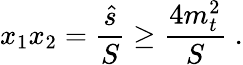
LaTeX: x_{1}x_{2}=\frac{\hat{s}}{S}\ge\frac{4m_{t}^{2}}{S}\; .